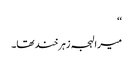
‘‘
میرا لہجہ زہرخند تھا۔